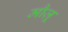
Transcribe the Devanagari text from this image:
मौज़ू